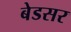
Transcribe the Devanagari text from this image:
बेडसर